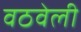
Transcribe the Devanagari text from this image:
वठवेली